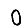
Digit: 0